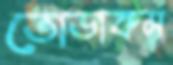
ভোডাকম